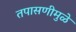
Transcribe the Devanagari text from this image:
तपासणीमुळे